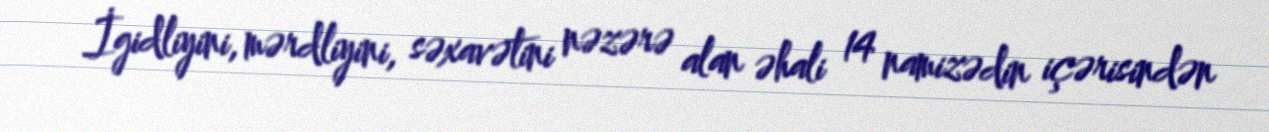
İgidliyini, mərdliyini, səxavətini nəzərə alan əhali 14 namizədin içərisindən